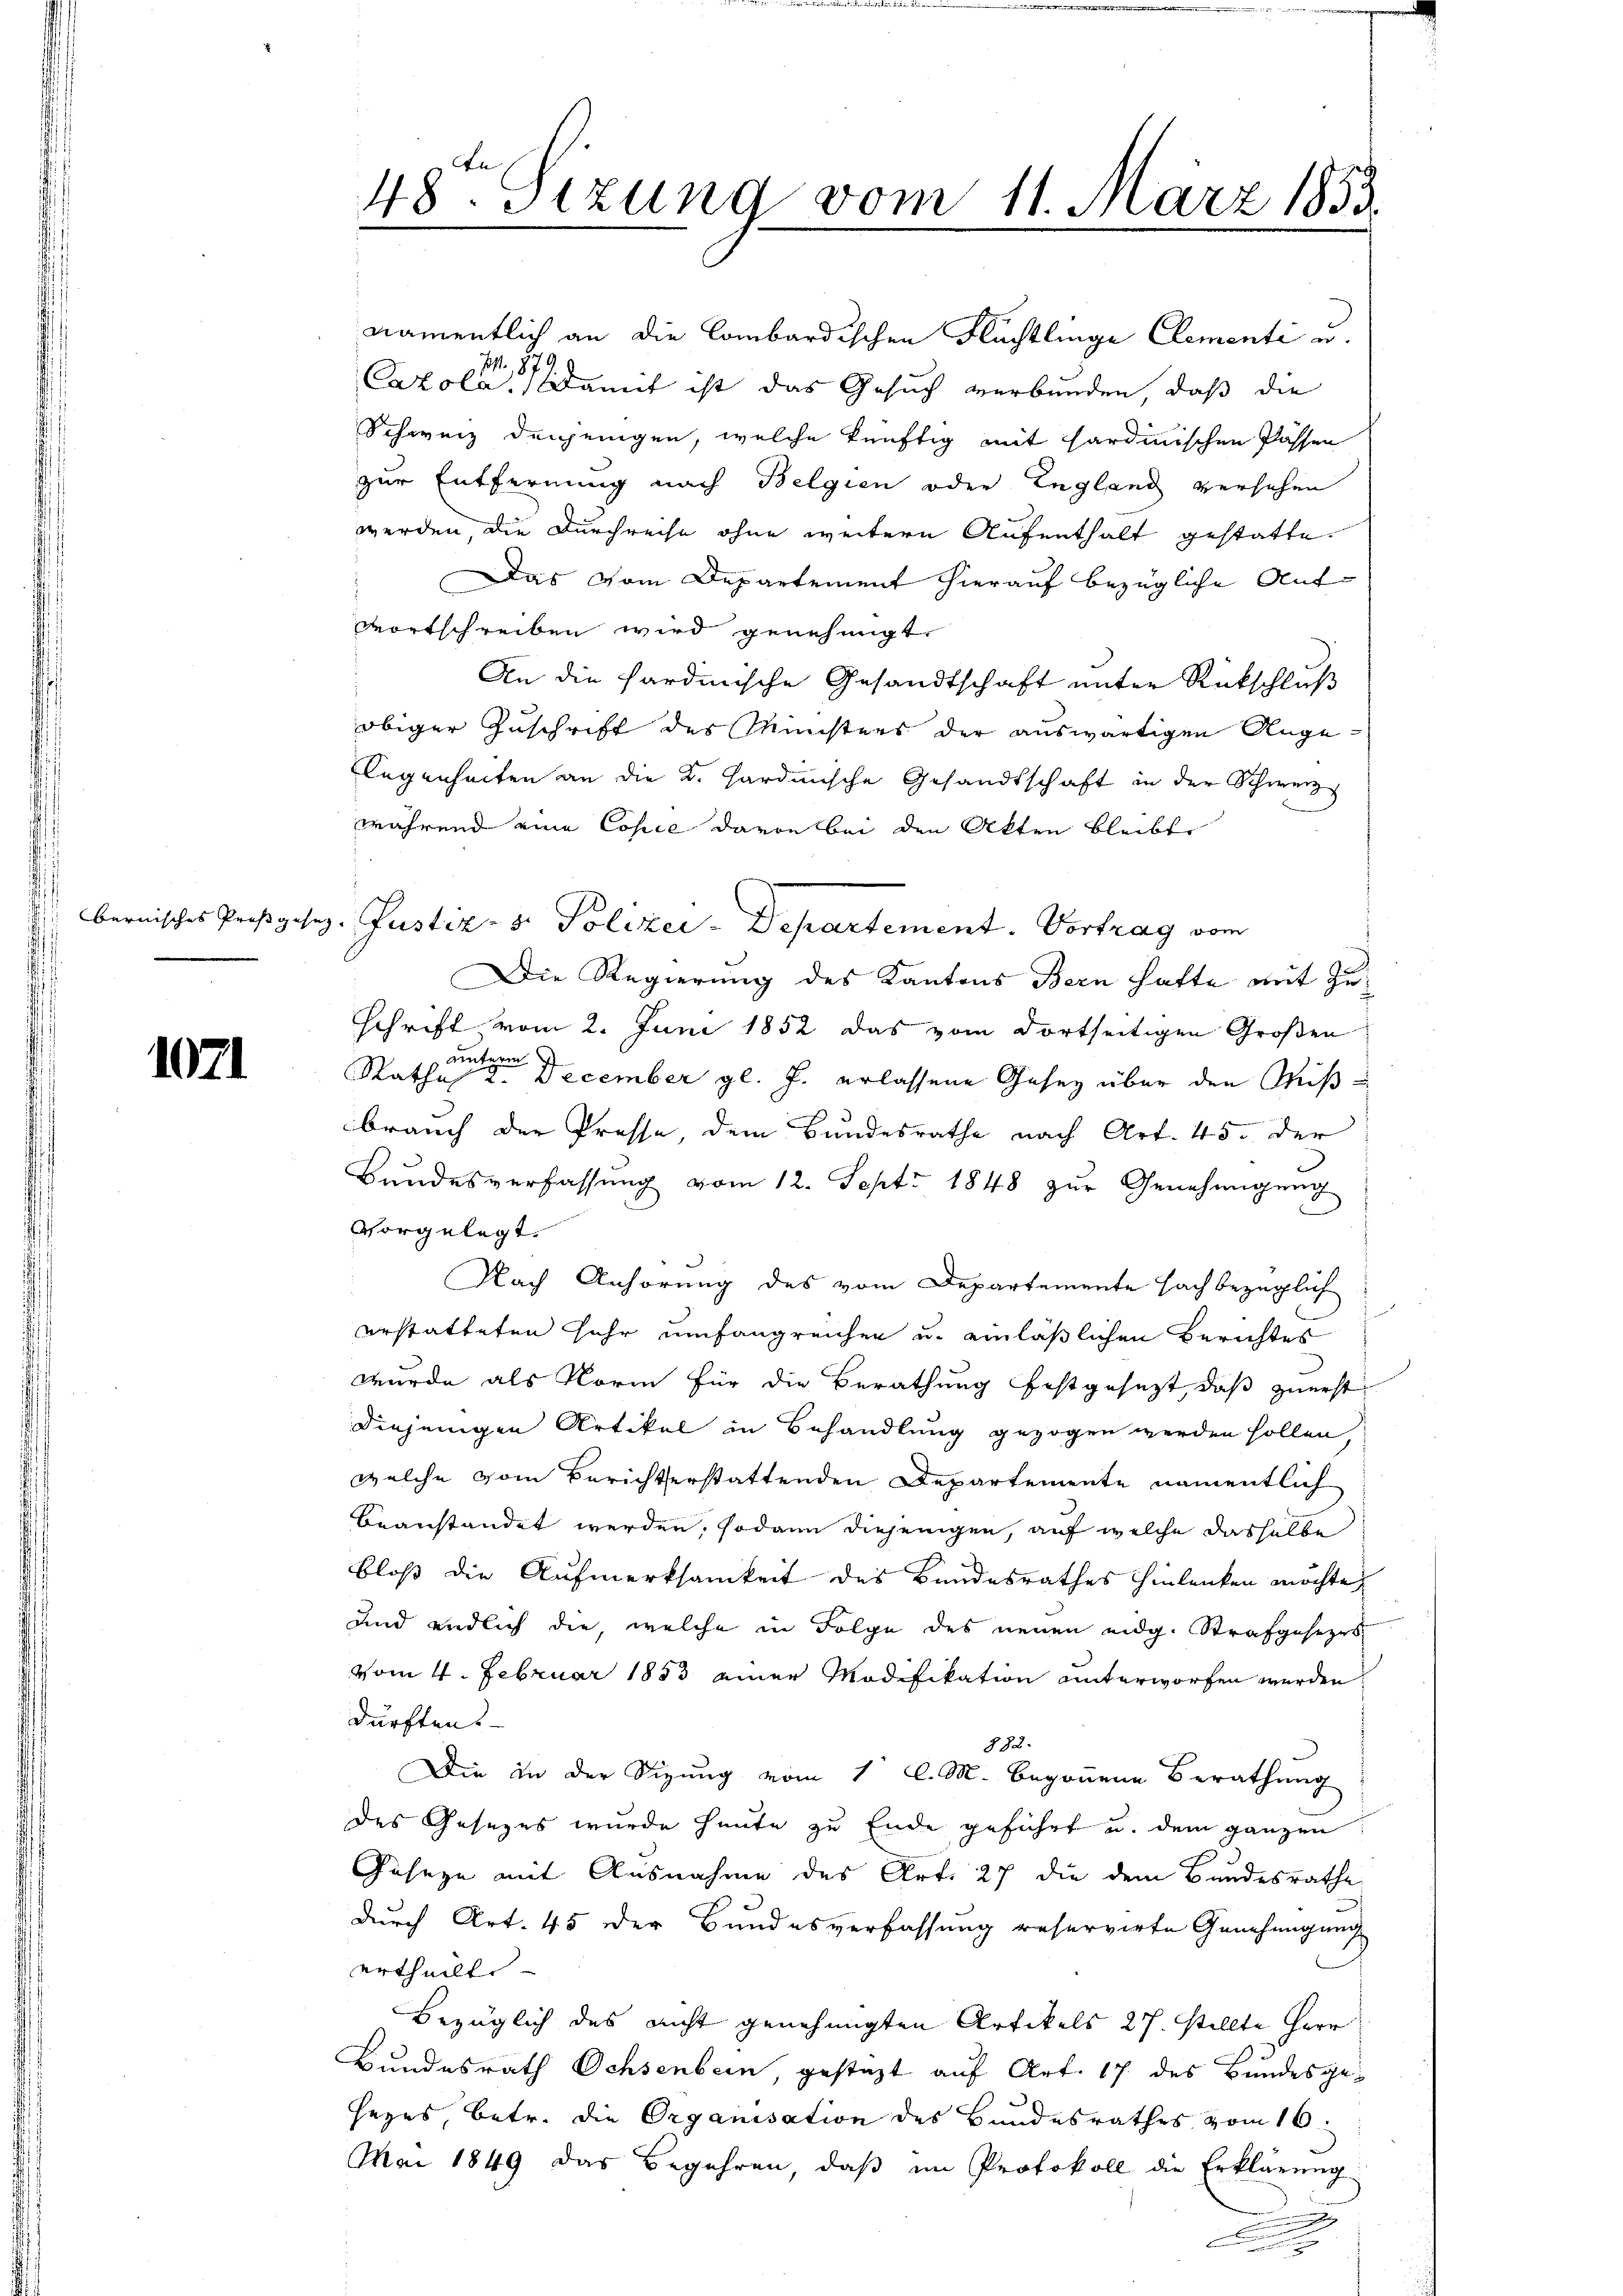
1071

namentlich an die Combardischen Flüchtlinge Clementi u.
71, 87
Cazola. Damit ist das Gesuch verbunden, daß die
Schweiz denjenigen, welche künftig mit Sardinischen Passen
zur Entfernung nach Belgien oder England versehen
werden, die Durchreise ohne weitere Aufenthalt gestatte.
 Das vom Departement hierauf bezügliche Auf-
Mortschreiben wird genehmigt
An die Sardinische Gesandtschaft unter Rückschluß
obiger Zuschrift des Ministers der auswärtigen Angelegenheiten an die K. Hardinische Gesandtschaft in der Schweiz
während eine Copie davon bei den Akten bleibt
bernisches Proßgesez. Justiz- & Polizei-Departement. Vortrag vom
Die Regierung des Kantons Bern hatte mit Zuschrift vom 2. Juni 1852 das vom dortseitigen Großen
G
unterm
Katha 2. December gl. J. erlassene Gesez über den Miß
brauch der Presse, dem Bundesrathe nach Art. 45. Der
Bandesverfassung vom 12. Sept. 1848 zur Genehmigung
vorgelegt.
Nach Anhörung des vom Departemente sach bezüglich
erstatteten Jahr umfangreichen u. einläßlichen Berichtes
wurde als Norm für die Berathung festgesetzt, daß zuerst
diejenigen Artikel in Behandlung gezogen werden sollen,
welche vom Berichterstattenden Departemente namentlich
beanstandet werden, sodann diejenigen, auf welche dasselbe
bloß die Aufmerksamkeit des Bundesrathes hinlenken möchte,
und endlich die, welche in Folge des neuen eidg. Strafgesezes
vom 4. Februar 1853 einer Modifikation unterworfen werden,
durftens-
882.
Die in der Sizung vom 1 l. M. begonnene Berathung
des Gesezes wurde heute zu Ende geführt u. dem ganzen
Güseze mit Ausnahme des Art. 27 die dem Bundesrathe
durch Art. 45 der Bundesverfassung reservirte Genehmigung
ertheilt. |
Bezüglich des nicht genehmigten Artikels 27. stellte Herr
Bundesrath Ochsenbein, gestatt auf Art. 17 des Bundesgesezes betr. die Organisation des Bundesrathes vom 16.
Mai 1849 das Begehren, daß im Protokoll die Erklärung
.

48te Sitzung vom 11. März 1853.